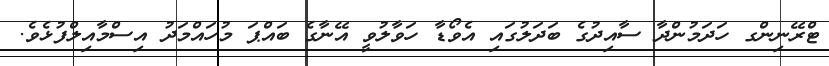
ޓްރޭނިންގ ހަދަމުންދާ ސާއިދުގެ ބަދަލުގައި އެވޯޑާ ހަވާލުވީ އޭނާގެ ބައްޕަ މުހައްމަދު އިސްމާއިލްފުޅެވެ.